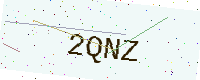
Text: 2QNZ